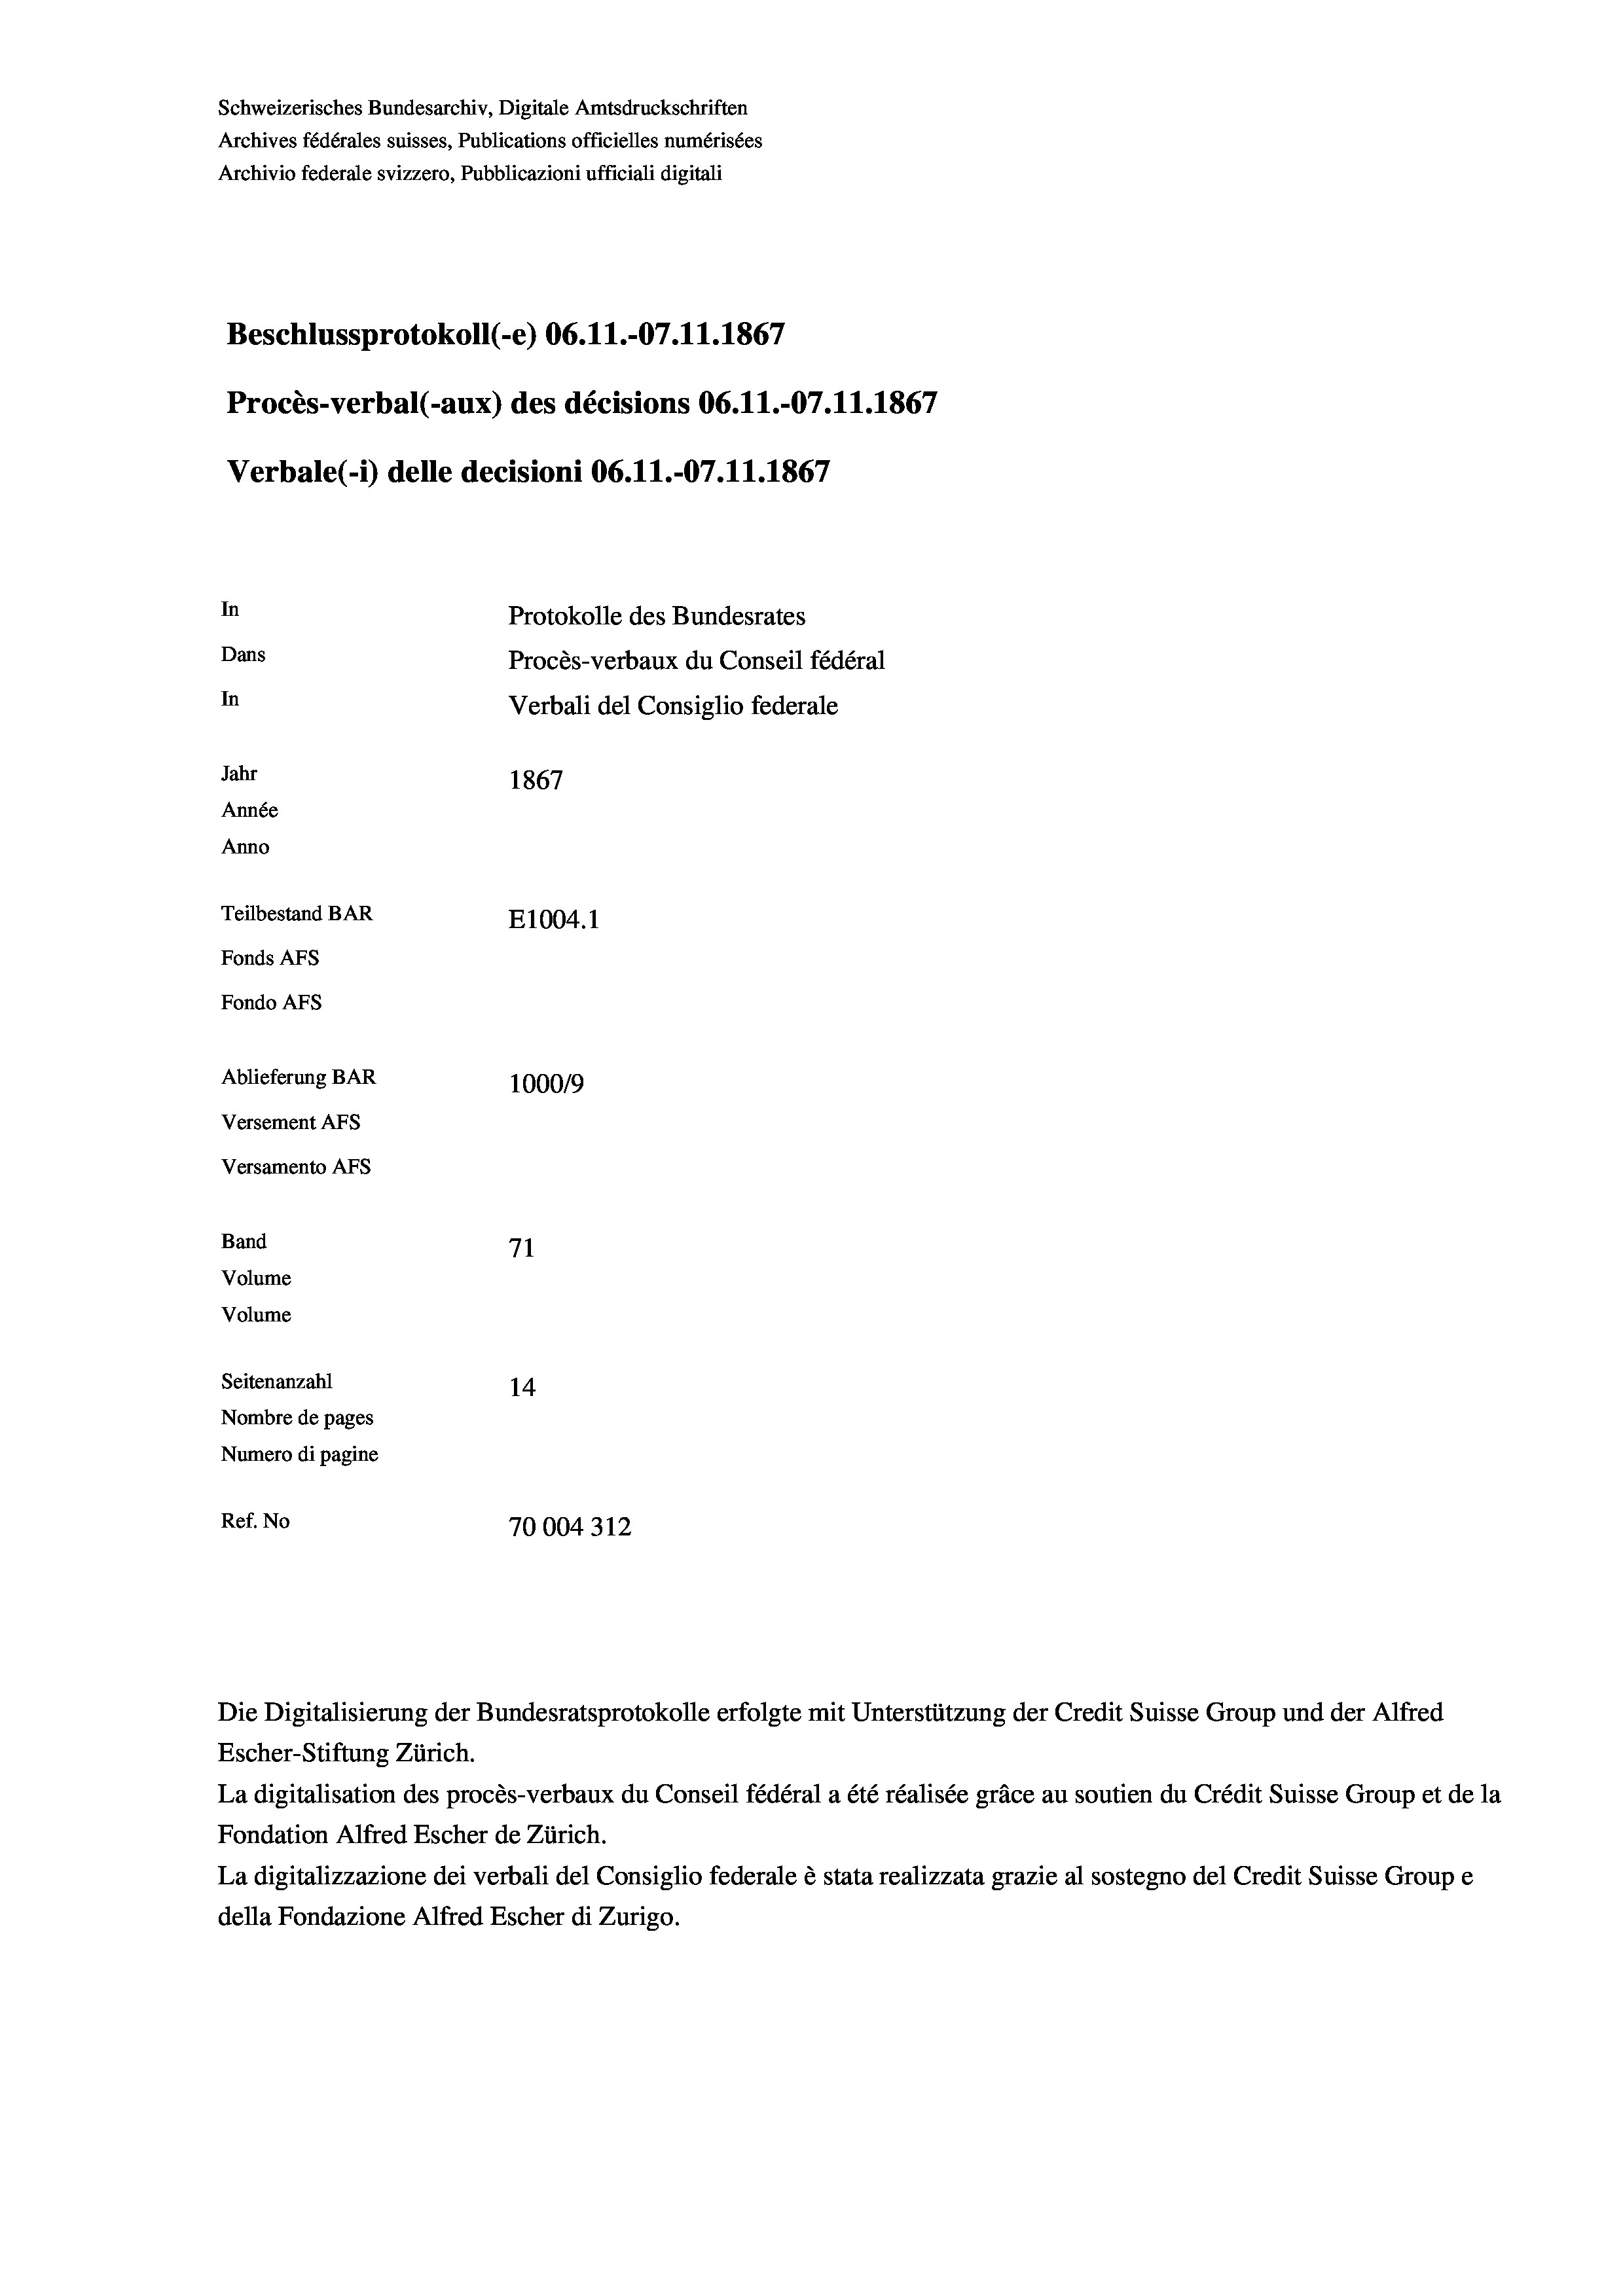
Schweizerisches Bundesarchiv, Digitale Amtsdruckschriften
Archives fédérales suisses, Publications officielles numérisées
Archivio federale svizzero, Pubblicazioni ufficiali digitali
Beschlussprotokoll (-e) 06. 11.-07.11.1867
Procès-verbal (-aux) des décisions 06.11.-07.11.1867
Verbale(-*) delle decisioni 06. 11.-07.11.1867
In
Protokolle des Bundesrates
Dans
Procès-verbaux du Conseil fédéral
In
Verbali del Consiglio federale
Jahr
1867
Année
Anno
Teilbestand BAR
E1004.1
Fonds AFs
Fondo AFs

Ablieferung BAR
Versement AFs
Versamento AFs
Band
Volume
Volume
Seitenanzahl

100019
71
14
Nombre de pages
Numero di pagine
Ref. No
70004312
Die Digitalisierung der Bundesratsprotokolle erfolgte mit Unterstützung der Credit Suisse Group und der Alfred
Escher-Stiftung Zürich.

La digitalisation des procès-verbaux du Conseil fédéral a été réalisée gräce au soutien du Crédit Suisse Group et de la
Fondation Alfred Escher de Zürich.
La digitalizzazione dei verbali del Consiglio federale è stata realizzata grazie al sostegno del Credit Suisse Groupe
della Fondazione Alfred Escher di Zurigo.